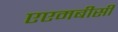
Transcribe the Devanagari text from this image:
एएमबीसी